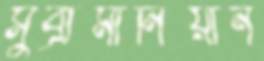
সুব্রামানিয়ান